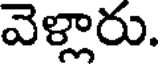
వెళ్లారు.